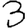
Digit: 3